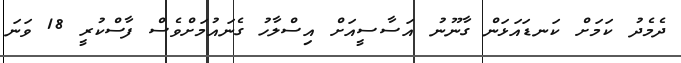
ދެމެދު ކަމަށް ކަނޑައަޅަން ގާނޫނު އަސާސީއަށް އިސްލާހު ގެނައުމަށްވެސް ފާސްކުރީ 18 ވަނަ